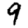
Digit: 9